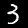
Label: 3